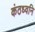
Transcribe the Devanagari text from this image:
कंठध्वनि